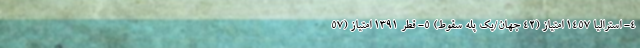
4- استرالیا 1457 امتیاز (42 جهان/یک پله سقوط) 5- قطر 1391 امتیاز (57